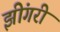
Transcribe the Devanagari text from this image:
झींगरी